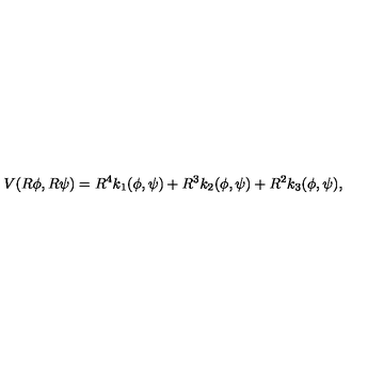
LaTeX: V ( R \phi , R \psi ) = R ^ { 4 } k _ { 1 } ( \phi , \psi ) + R ^ { 3 } k _ { 2 } ( \phi , \psi ) + R ^ { 2 } k _ { 3 } ( \phi , \psi ) ,